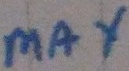
Text: max